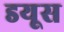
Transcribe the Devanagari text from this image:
डयूस